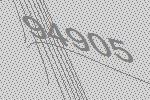
94905